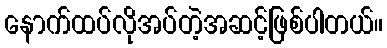
နောက်ထပ်လိုအပ်တဲ့အဆင့်ဖြစ်ပါတယ်။